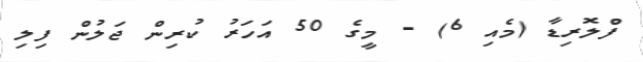
ފްލޮރިޑާ (މެއި 6) - މީގެ 50 އަހަރު ކުރިން ޖަލުން ފިލި